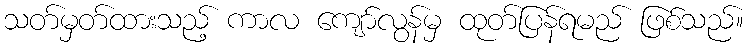
သတ်မှတ်ထားသည့် ကာလ ကျော်လွန်မှ ထုတ်ပြန်ရမည် ဖြစ်သည်။